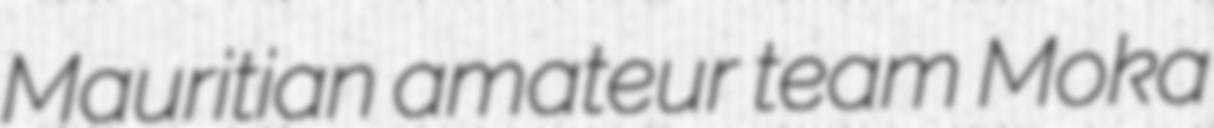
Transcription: Mauritian amateur team Moka